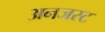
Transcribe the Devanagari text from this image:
अनजस्ट